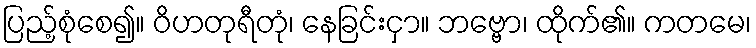
ပြည့်စုံစေ၍။ ဝိဟတုရီတုံ၊ နေခြင်းငှာ။ ဘဗ္ဗော၊ ထိုက်၏။ ကတမေ၊